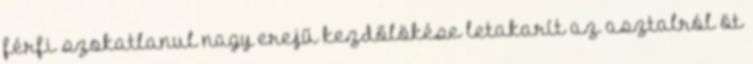
férfi szokatlanul nagy erejű kezdőlökése letakarít az asztalról öt